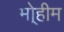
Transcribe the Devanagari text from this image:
मो्हीम